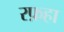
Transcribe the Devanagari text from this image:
रफ़हा